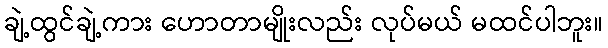
ချဲ့ထွင်ချဲ့ကား ဟောတာမျိုးလည်း လုပ်မယ် မထင်ပါဘူး။